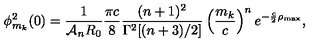
\phi _ { m _ { k } } ^ { 2 } ( 0 ) = \frac { 1 } { { \cal A } _ { n } R _ { 0 } } \frac { \pi c } { 8 } \frac { ( n + 1 ) ^ { 2 } } { \Gamma ^ { 2 } [ ( n + 3 ) / 2 ] } \left( \frac { m _ { k } } { c } \right) ^ { n } e ^ { - \frac { c } { 2 } \rho _ { \mathrm { m a x } } } ,